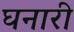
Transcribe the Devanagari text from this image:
घनारी